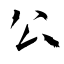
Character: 公